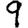
Digit: 9